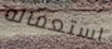
استعماله